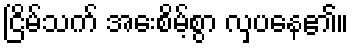
ငြိမ်သက် အေးစိမ့်စွာ လှပနေ၏။